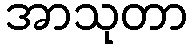
အာသုတာ